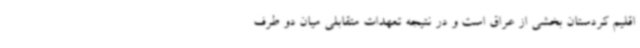
اقلیم کردستان بخشی از عراق است و در نتیجه تعهدات متقابلی میان دو طرف